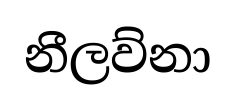
නීලව්නා